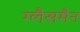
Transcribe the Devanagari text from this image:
ग्लैसमैन